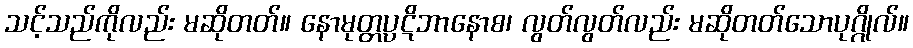
သင့်သည်ကိုလည်း မဆိုတတ်။ နောမုတ္တပ္ပဋိဘာနောစ၊ လွတ်လွတ်လည်း မဆိုတတ်သောပုဂ္ဂိုလ်။